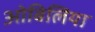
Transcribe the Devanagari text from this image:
ओबिलिया